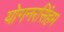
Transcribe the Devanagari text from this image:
योगनरसिंहम